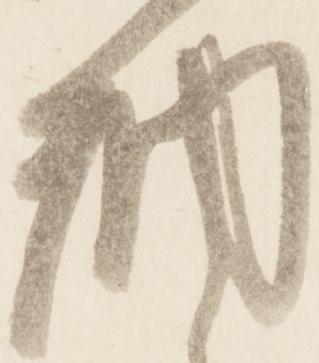
納